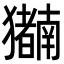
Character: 𬍍